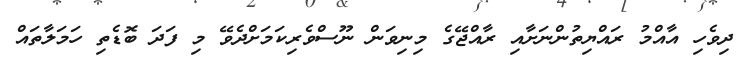
ދިވެހި އާއްމު ރައްޔިތުންނަށާއި ރާއްޖޭގެ މިނިވަން ނޫސްވެރިކަމަށްދެވޭ މި ފަދަ ބޮޑެތި ހަމަލާތައް